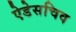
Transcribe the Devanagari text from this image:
ऐडेसचिव